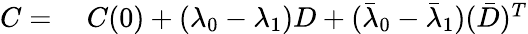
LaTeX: \begin{array}{rl}{C=}&{{}~C(0)+(\lambda_{0}-\lambda_{1})D+(\bar{\lambda}_{0}-\bar{\lambda}_{1})(\bar{D})^{T}}\end{array}